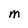
Character: M